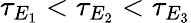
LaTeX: \tau_{E_{1}}<\tau_{E_{2}}<\tau_{E_{3}}